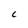
Character: C